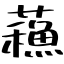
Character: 蘓